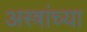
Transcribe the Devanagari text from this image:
अस्त्रांच्या